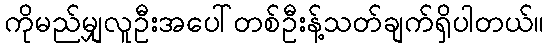
ကိုမည်မျှလူဦးအပေါ်တစ်ဦးန့်သတ်ချက်ရှိပါတယ်။